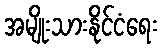
အမျိုးသားနိုင်ငံရေး